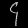
Digit: ၄